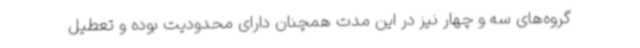
گروه‌های سه و چهار نیز در این مدت همچنان دارای محدودیت بوده و تعطیل